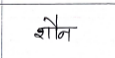
मजकूर: शौन